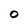
Character: O